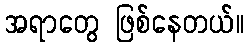
အရာတွေ ဖြစ်နေတယ်။